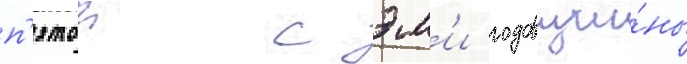
п'ятои с эм'и годовщи́ны